Document type: Grant
Year: 1445
Scribe: Antoni Gomar
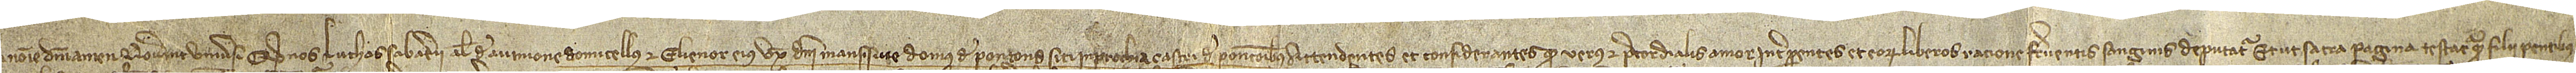
In nomine Domini. Noverint universi quod nos Luchas Sabaterii, alias de Avinione, domicellus, et Elionor, eius uxor, domini mansi sive domus de Pontons siti in parrochia castri de Pontonibus,  attendentes et considerantes quod verus et precordialis amor inter parentes et eorum liberos ratione ferventis sanguinis deputatur, et ut sacra pagina testatur, quam filii parentibus